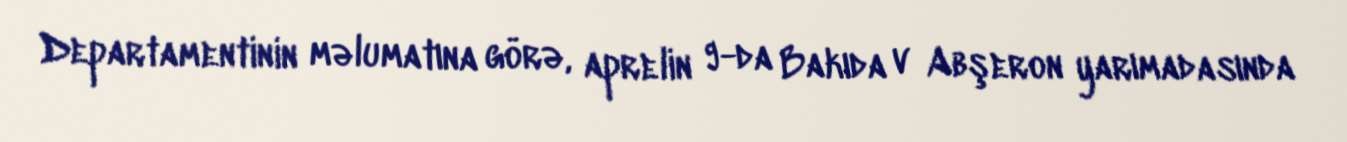
Departamentinin məlumatına görə, aprelin 9-da Bakıda v Abşeron yarımadasında